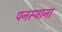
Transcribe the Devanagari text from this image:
पनस्थाना